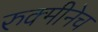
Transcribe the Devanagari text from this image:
रुक्मीनेच